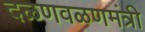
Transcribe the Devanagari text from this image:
दळणवळणमंत्री